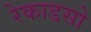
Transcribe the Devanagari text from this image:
रेकाडसो